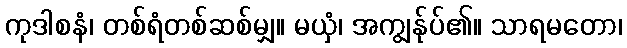
ကုဒါစနံ၊ တစ်ရံတစ်ဆစ်မျှ။ မယှံ၊ အကျွန်ုပ်၏။ သာရမတော၊